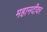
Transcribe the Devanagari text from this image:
महानदीवर